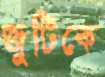
জুটিকে